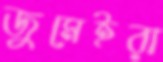
জুমেইরা